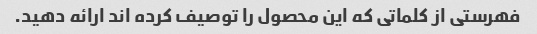
فهرستی از کلماتی که این محصول را توصیف کرده اند ارائه دهید.